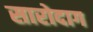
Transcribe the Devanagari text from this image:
सारोदाग